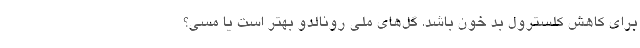
برای کاهش کلسترول بد خون باشد. گل‌های ملی رونالدو بهتر است یا مسی؟